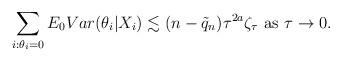
\begin{align*} \sum_{i:\theta_{i}=0} E_{0} Var(\theta_i|X_i) \lesssim (n-\tilde{q}_n)\tau^{2a}\zeta_{\tau} \mbox{ as } \tau \rightarrow 0. \end{align*}